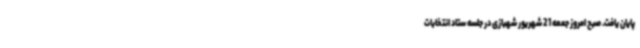
پایان یافت. صبح امروز جمعه 21 شهریور شهبازی در جلسه ستاد انتخابات